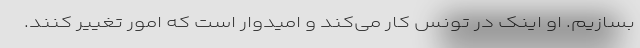
بسازیم. او اینک در تونس کار می‌کند و امیدوار است که امور تغییر کنند.